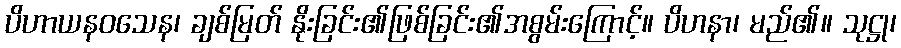
ပိဟာယနဝသေန၊ ချစ်မြတ် နိုးခြင်း၏ဖြစ်ခြင်း၏အစွမ်းကြောင့်။ ပိဟနာ၊ မည်၏။ သုဋ္ဌု၊